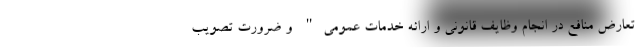
تعارض منافع در انجام وظایف قانونی و ارائه خدمات عمومی" و ضرورت تصویب